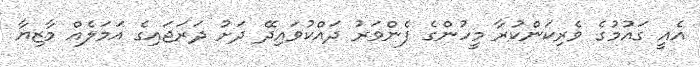
އެއީ ގައުމުގެ ވެރިކަންކުރާ މީހުންގެ ފެންވަރު ދައްކުވައިދޭ ދަށު ދަރަޖައިގެ އަމަލެއް މާޒިޔާ